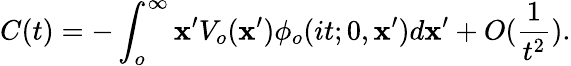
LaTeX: C(t)=-\int_{o}^{\infty}\mathbf{x}^{\prime}V_{o}(\mathbf{x}^{\prime})\phi_{o}(it;0,\mathbf{x}^{\prime})d\mathbf{x}^{\prime}+O(\frac{{1}}{{t^{2}}}).